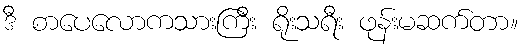
ဒီ စာပေလောကသားကြီး ရိုးသရီး ဖုန်းမဆက်တာ။